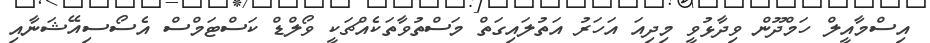
އިސްމާއީލް ހަމްދޫން ވިދާޅުވީ މިދިއަ އަހަރު އަތުލައިގަތް މަސްތުވާތަކެއްޗަކީ ވޯލްޑް ކަސްޓަމްސް އެސޯސިއޭޝަނާއި